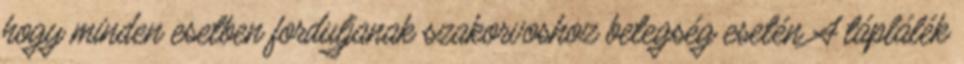
hogy minden esetben forduljanak szakorvoshoz betegség esetén A táplálék